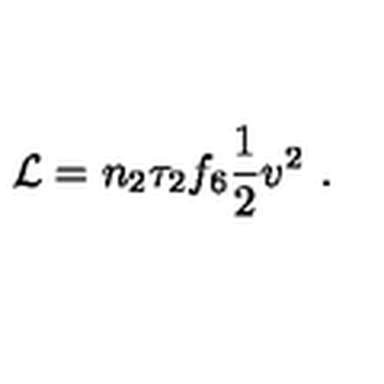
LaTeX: { \cal L } = n _ { 2 } \tau _ { 2 } f _ { 6 } \frac { 1 } { 2 } v ^ { 2 } \ .